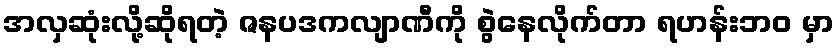
အလှဆုံးလို့ဆိုရတဲ့ ဇနပဒကလျာဏီကို စွဲနေလိုက်တာ ရဟန်းဘဝ မှာ